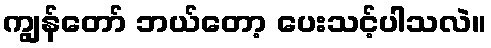
ကျွန်တော် ဘယ်တော့ ပေးသင့်ပါသလဲ။